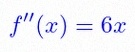
f''(x)=6x